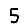
Digit: 5